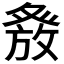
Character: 𭽂